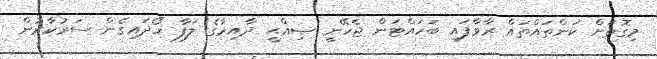
މިގޮތަށް ކަންތައްތައް ރާވާފައި ބަހައްޓަން ޖެހޭނީ ޞިއްޙީ ދާއިރާގެ ލަފާ ހޯދައިގެން ސަރުކާރުން